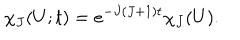
\chi _ { J } ( U ; t ) = e ^ { - J ( J + 1 ) t } \chi _ { J } ( U ) .